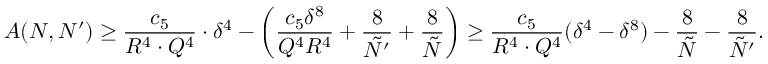
A ( N , N ^ { \prime } ) \geq \frac { c _ { 5 } } { R ^ { 4 } \cdot Q ^ { 4 } } \cdot \delta ^ { 4 } - \left( \frac { c _ { 5 } \delta ^ { 8 } } { Q ^ { 4 } R ^ { 4 } } + \frac { 8 } { \tilde { N ^ { \prime } } } + \frac { 8 } { \tilde { N } } \right) \geq \frac { c _ { 5 } } { R ^ { 4 } \cdot Q ^ { 4 } } ( \delta ^ { 4 } - \delta ^ { 8 } ) - \frac { 8 } { \tilde { N } } - \frac { 8 } { \tilde { N } ^ { \prime } } .